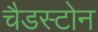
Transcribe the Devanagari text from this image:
चैडस्टोन